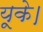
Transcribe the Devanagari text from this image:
यूके।